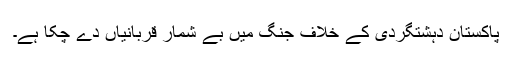
پاکستان دہشتگردی کے خلاف جنگ میں بے شمار قربانیاں دے چکا ہے۔